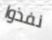
نفذوا